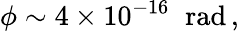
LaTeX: \phi\sim 4\times 10^{-16}\; \; \mathrm{rad}\, ,